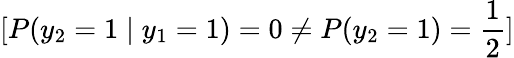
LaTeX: [P(y_{2}=1\mid y_{1}=1)=0\neq P(y_{2}=1)={\frac{1}{2}}]